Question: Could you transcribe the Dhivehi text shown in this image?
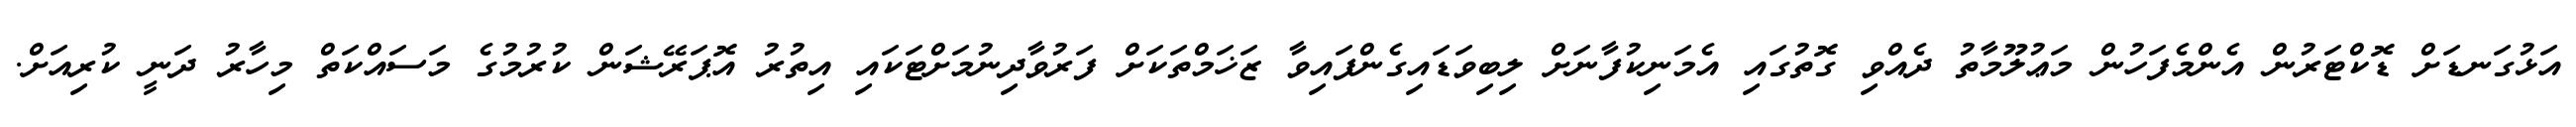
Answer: އަޅުގަނޑަށް ޑޮކްޓަރުން އެންމެފަހުން މަޢުލޫމާތު ދެއްވި ގޮތުގައި އެމަނިކުފާނަށް ލިބިވަޑައިގެންފައިވާ ޒަޚަމްތަކަށް ފަރުވާދިނުމަށްޓަކައި އިތުރު އޮޕަރޭޝަން ކުރުމުގެ މަސައްކަތް މިހާރު ދަނީ ކުރިއަށް.